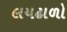
લયઢાળો